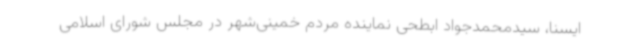
ایسنا، سیدمحمدجواد ابطحی نماینده مردم خمینی‌شهر در مجلس شورای اسلامی